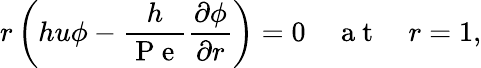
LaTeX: r\left(hu\phi-\frac{h}{\mathrm{~P~e~}}\frac{\partial\phi}{\partial r}\right)=0\quad\mathrm{~a~t~}\quad r=1,